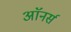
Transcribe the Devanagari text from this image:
अाॅनर्स